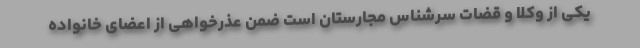
یکی از وکلا و قضات سرشناس مجارستان است ضمن عذرخواهی از اعضای خانواده